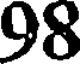
98